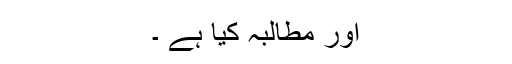
اور مطالبہ کیا ہے ۔